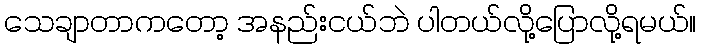
သေချာတာကတော့ အနည်းငယ်ဘဲ ပါတယ်လို့ပြောလို့ရမယ်။